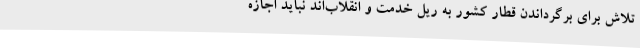
تلاش برای برگرداندن قطار کشور به ریل خدمت و انقلاب‌اند نباید اجازه